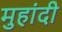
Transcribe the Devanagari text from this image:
मुहांदी